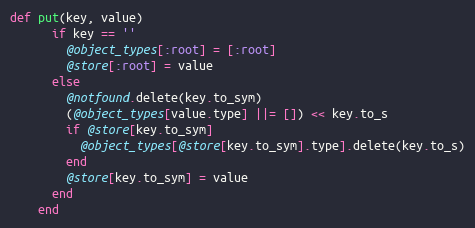
Language: Ruby
def put(key, value)
      if key == ''
        @object_types[:root] = [:root]
        @store[:root] = value
      else
        @notfound.delete(key.to_sym)
        (@object_types[value.type] ||= []) << key.to_s
        if @store[key.to_sym]
          @object_types[@store[key.to_sym].type].delete(key.to_s)
        end
        @store[key.to_sym] = value
      end
    end